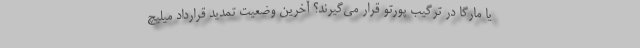
یا مارگا در ترگیب پورتو قرار می‌گیرند؟ آخرین وضعیت تمدید قرارداد میلیچ